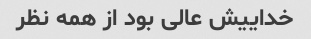
خداییش عالی بود از همه نظر